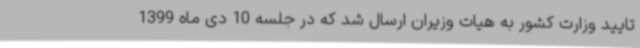
تایید وزارت کشور به هیات وزیران ارسال شد که در جلسه 10 دی ماه 1399